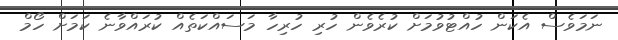
ނަމަވެސް އެކަން ހުއްޓުވުމަށް ކުރެވެން ހުރި ހުރިހާ މަސައްކަތެއް ކުރައްވާނެ ކަމަށް ހޯމް